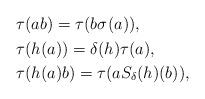
LaTeX: \begin{align*}\begin{aligned}&\tau(ab)=\tau(b \sigma^{}(a)),\\&\tau(h(a))=\delta(h)\tau(a),\\&\tau(h(a)b)=\tau(a S_{\delta}(h)(b)),\end{aligned}\end{align*}